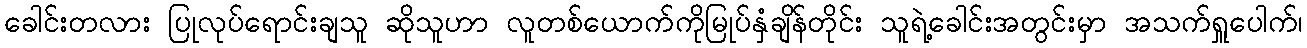
ခေါင်းတလား ပြုလုပ်ရောင်းချသူ ဆိုသူဟာ လူတစ်ယောက်ကိုမြုပ်နှံချိန်တိုင်း သူရဲ့ခေါင်းအတွင်းမှာ အသက်ရှူပေါက်၊